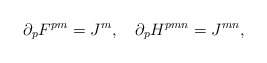
\begin{align*}\partial_p F^{pm} = J^m, \quad \partial_p H^{pmn} = J^{mn},\end{align*}